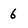
Character: 6